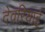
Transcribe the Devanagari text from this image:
देवरियाई